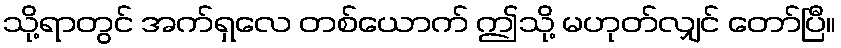
သို့ရာတွင် အက်ရှလေ တစ်ယောက် ဤသို့ မဟုတ်လျှင် တော်ပြီ။